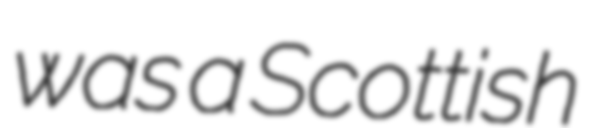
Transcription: was a Scottish